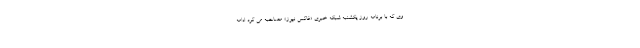
وی که با برنامه روز یکشنبه شبکه خبری «فاکس نیوز» مصاحبه می کرد ادامه